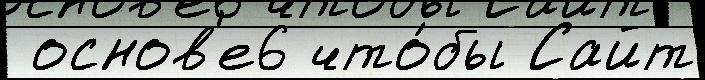
 основ'е6 что́бы Сайт